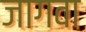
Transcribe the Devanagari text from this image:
जागवा